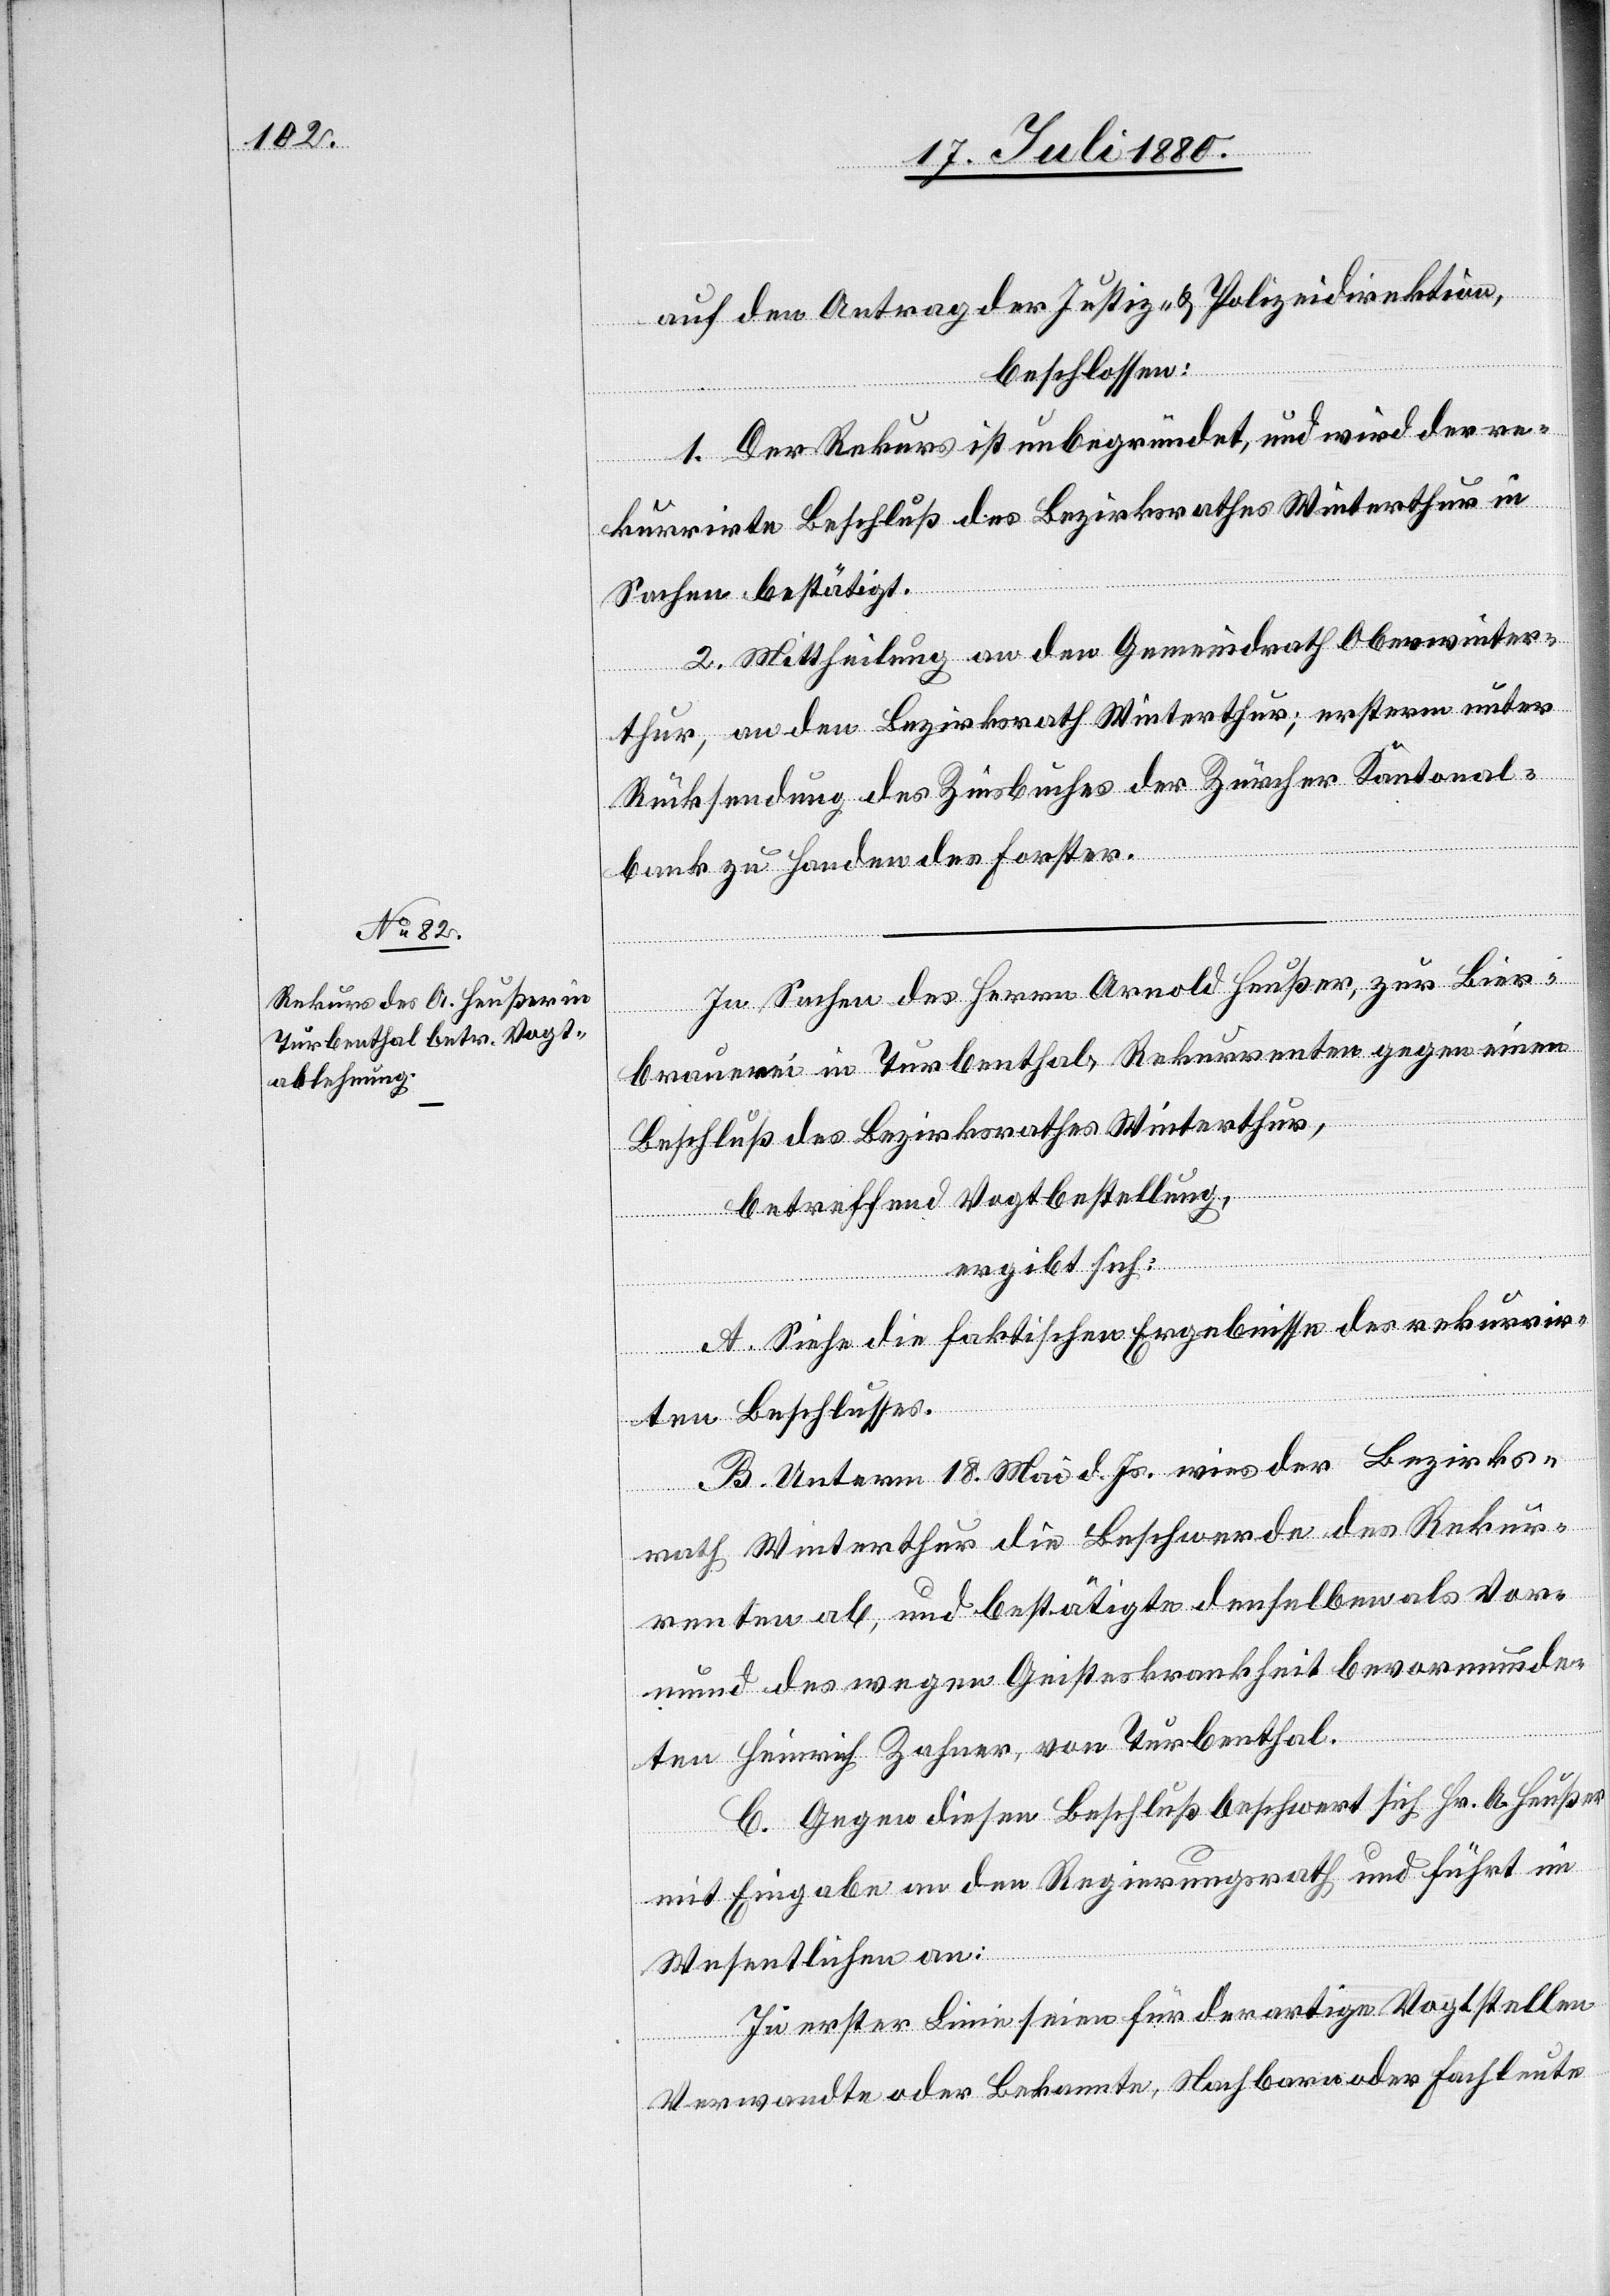
auf den Antrag der Justiz- und Polizeidirektion,
beschlossen:
1. Der Rekurs ist unbegründet, und wird der re¬
kurrirte Beschluß des Bezirkrathes Winterthur in
Sachen bestätigt.
2. Mittheilung an den Gemeindrath Oberwinter¬
thur, an den Bezirksrath Winterthur, ersterm unter
Rücksendung des Zinsbuches der Zürcher Kantonal¬
bank zu Handen des Forster.
In Sachen des Herren Arnold Heußer, zur Bier¬
brauerei in Turbenthal, Rekurrenten gegen einen
Beschluß des Bezirksrathes Winterthur,
betreffend Vogtbestellung,
ergibt sich:
A. Siehe die faktischen Ergebnisse des rekurrir¬
ten Beschlusses.
B. Unterm 18. Mai d. Js. wies der Bezirks¬
rath Winterthur die Beschwerde des Rekur¬
renten ab, und bestätigte denselben als Vor¬
mund des wegen Geisteskrankheit bevormunde¬
ten Heinrich Zahner, von Turbenthal.
C. Gegen diesen Beschluß beschwert sich Hr. A. Heußer
mit Eingabe an den Regierungsrath und führt im
Wesentlichen an:
In erster Linie seien für derartige Vogtstellen
Verwandte oder Bekannte, Nachbarn oder Fachleute